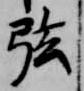
弦